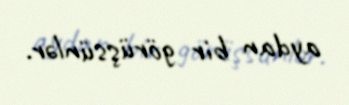
aydan bir görüşsünlər.